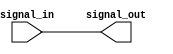
module io_non_inverting_buffer (
    input wire signal_in,
    output reg signal_out
);

assign signal_out = signal_in;

endmodule